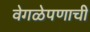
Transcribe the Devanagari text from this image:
वेगळेपणाची